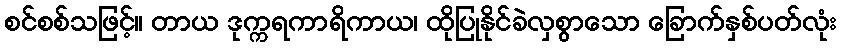
စင်စစ်သဖြင့်။ တာယ ဒုက္ကရကာရိကာယ၊ ထိုပြုနိုင်ခဲလှစွာသော ခြောက်နှစ်ပတ်လုံး